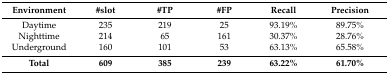
<table><thead><tr><td><b>Environment</b></td><td><b>#slot</b></td><td><b>#TP</b></td><td><b>#FP</b></td><td><b>Recall</b></td><td><b>Precision</b></td></tr></thead><tbody><tr><td>Daytime</td><td>235</td><td>219</td><td>25</td><td>93.19%</td><td>89.75%</td></tr><tr><td>Nighttime</td><td>214</td><td>65</td><td>161</td><td>30.37%</td><td>28.76%</td></tr><tr><td>Underground</td><td>160</td><td>101</td><td>53</td><td>63.13%</td><td>65.58%</td></tr><tr><td><b>Total</b></td><td><b>609</b></td><td><b>385</b></td><td><b>239</b></td><td><b>63.22%</b></td><td><b>61.70%</b></td></tr></tbody></table>